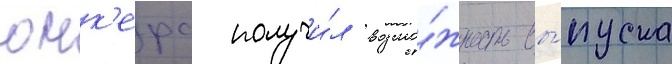
юнк'ерс получи́л возмо́жность вы́пуска